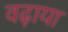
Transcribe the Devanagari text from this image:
वढ़ाया